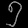
Digit: ၅